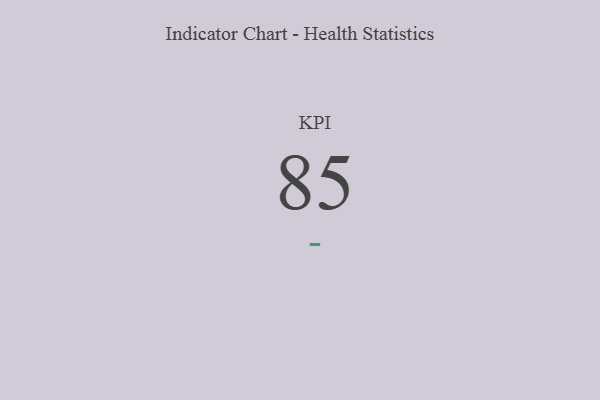
{"axis": {"x": "KPI", "y": "Value"}, "legend": [""], "data": [{"x": "KPI", "y": 85, "type": ""}]}